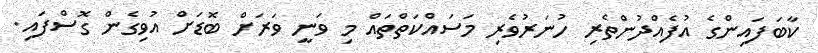
ކާބަފައިންގެ އުފެއްދުންތެރި ހުނަރުވެރި މަސައްކަތްތައް މި ވަނީ ވަރަށް ބޮޑަށް އުވިގެން ގޮސްފައި.